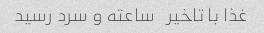
غذا با تاخیر   ساعته و سرد رسید